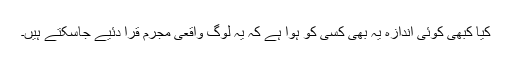
کیا کبھی کوئی اندازہ یہ بھی کسی کو ہوا ہے کہ یہ لوگ واقعی مجرم قرا دئیے جاسکتے ہیں۔